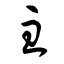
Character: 主